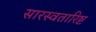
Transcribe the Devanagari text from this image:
सारस्वतारिष्ट